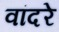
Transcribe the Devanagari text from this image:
वांदरे